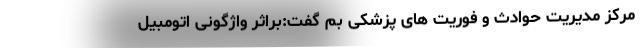
مرکز مدیریت حوادث و فوریت های پزشکی بم گفت:براثر واژگونی اتومبیل